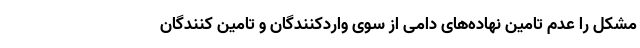
مشکل را عدم تامین نهاده‌های دامی از سوی واردکنندگان و تامین کنندگان